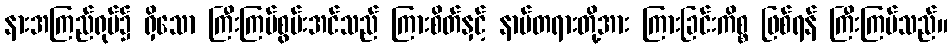
နားအကြည်ရုပ်၌ ရှိသော ကြီးကြပ်စွမ်းအင်သည် ကြားစိတ်နှင့် နာမ်တရားတို့အား ကြားခြင်းကိစ္စ ဖြစ်ရန် ကြီးကြပ်သည်။